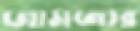
জামজার